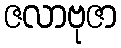
ဇလာဗုဇာ